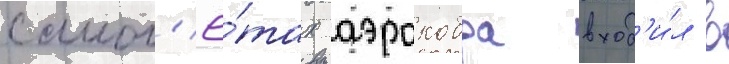
самол'ё́тах аэрокобра вход'и́л в